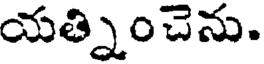
యత్నించెను.